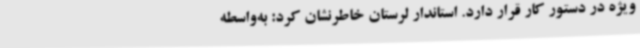
ویژه در دستور کار قرار دارد. استاندار لرستان خاطرنشان کرد: به‌واسطه